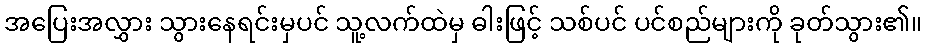
အပြေးအလွှား သွားနေရင်းမှပင် သူ့လက်ထဲမှ ဓါးဖြင့် သစ်ပင် ပင်စည်များကို ခုတ်သွား၏။